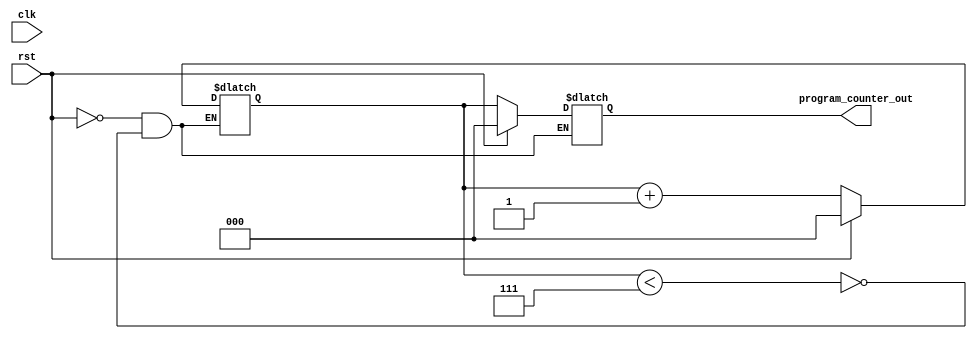
module program_counter(input clk,rst,output reg[2:0]program_counter_out);

reg [2:0]temp;
always@(*)
    begin
        if(rst)
            begin
                program_counter_out<=3'b000;
                temp<=3'b000;
            end
        else if(temp<3'b111)
                begin
                    program_counter_out<=temp;
                    temp<=temp+1;
                end
    end
endmodule